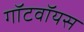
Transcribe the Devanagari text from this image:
गॉटवॉयस